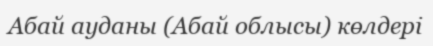
Абай ауданы (Абай облысы) көлдері